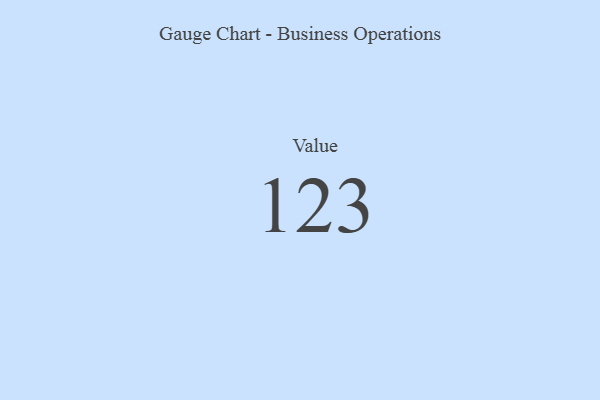
{"axis": {"x": "Metric", "y": "Value"}, "legend": [""], "data": [{"x": "Value", "y": 123, "type": ""}]}